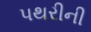
પથરીની